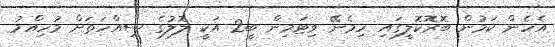
އެހެން ކަމުން ބޮރޮކޮލީގައި ހިމެނޭ ވިޓަމިން ބީ2 އަކީ ލޮލުގެ ސިއްހަތަށް މުހިއްމު